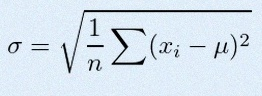
\sigma=\sqrt{\frac1n\sum(x_i-\mu)^2}